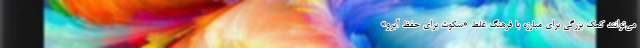
می‌توانند کمک بزرگی برای مبارزه با فرهنگ غلط «سکوت برای حفظ آبرو»